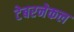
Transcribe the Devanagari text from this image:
टेबरनेकल